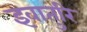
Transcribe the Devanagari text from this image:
इवातुरि